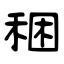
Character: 稇